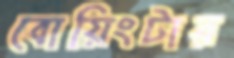
বোয়িংটার